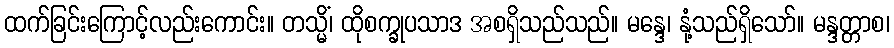
ထက်ခြင်းကြောင့်လည်းကောင်း။ တသ္မိံ၊ ထိုစက္ခုပသာဒ အစရှိသည်သည်။ မန္ဒေ၊ နုံ့သည်ရှိသော်။ မန္ဒတ္တာစ၊